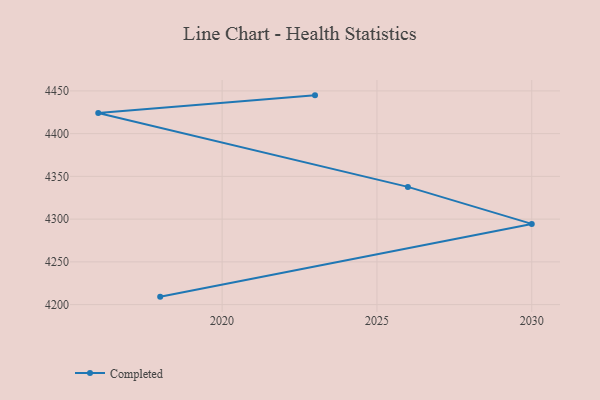
{"axis": {"x": "Year", "y": "Inventory Turnover"}, "legend": ["Completed"], "data": [{"x": "2023", "y": 4444.8, "type": "Completed"}, {"x": "2016", "y": 4424.2, "type": "Completed"}, {"x": "2026", "y": 4337.7, "type": "Completed"}, {"x": "2030", "y": 4294.4, "type": "Completed"}, {"x": "2018", "y": 4209.3, "type": "Completed"}]}